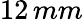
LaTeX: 12\, mm